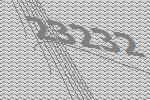
23232